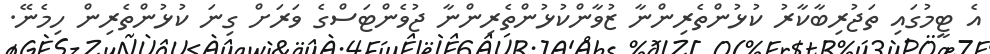
އެ ޓީމުގައި ތަޖުރިބާކާރު ކުޅުންތެރިންނާ ޒުވާންކުޅުންތެރިންނާ ޖުވެންޓަސްގެ ވަރަށް ގިނަ ކުޅުންތެރިން ހިމެނޭ.